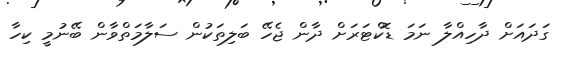
ގަދައަށް ދާހިއްލާ ނަމަ ޑޮކްޓަރަށް ދާން ޖެހޭ ބަލިތަކުން ސަލާމަތްވާން ބޭނުމީ ކިހާ